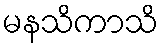
မနသိကာသိ